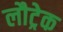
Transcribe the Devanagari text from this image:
लौट्रेक